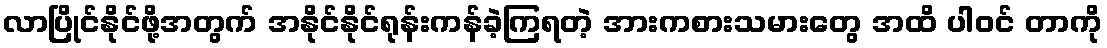
လာပြိုင်နိုင်ဖို့အတွက် အနိုင်နိုင်ရုန်းကန်ခဲ့ကြရတဲ့ အားကစားသမားတွေ အထိ ပါဝင် တာကို